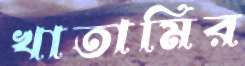
খাতামির